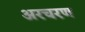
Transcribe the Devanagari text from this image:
अरचरण